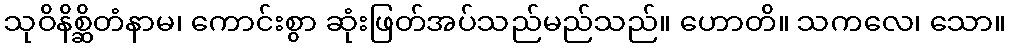
သုဝိနိစ္ဆိတံနာမ၊ ကောင်းစွာ ဆုံးဖြတ်အပ်သည်မည်သည်။ ဟောတိ။ သကလေ၊ သော။